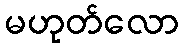
မဟုတ်လော